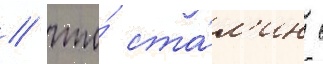
/ что́ ста́л'ин с